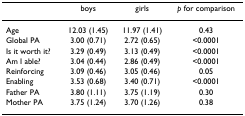
<table><thead><tr><td>[EMPTY_CELL]</td><td><b>boys</b></td><td><b>girls</b></td><td><b><i>p </i>for comparison</b></td></tr></thead><tbody><tr><td>Age</td><td>12.03 (1.45)</td><td>11.97 (1.41)</td><td>0.43</td></tr><tr><td>Global PA</td><td>3.00 (0.71)</td><td>2.72 (0.65)</td><td>&lt;0.0001</td></tr><tr><td>Is it worth it?</td><td>3.29 (0.49)</td><td>3.13 (0.49)</td><td>&lt;0.0001</td></tr><tr><td>Am I able?</td><td>3.04 (0.44)</td><td>2.86 (0.49)</td><td>&lt;0.0001</td></tr><tr><td>Reinforcing</td><td>3.09 (0.46)</td><td>3.05 (0.46)</td><td>0.05</td></tr><tr><td>Enabling</td><td>3.53 (0.68)</td><td>3.40 (0.71)</td><td>&lt;0.0001</td></tr><tr><td>Father PA</td><td>3.80 (1.11)</td><td>3.75 (1.19)</td><td>0.30</td></tr><tr><td>Mother PA</td><td>3.75 (1.24)</td><td>3.70 (1.26)</td><td>0.38</td></tr></tbody></table>